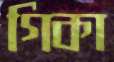
গিকা